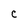
Character: c